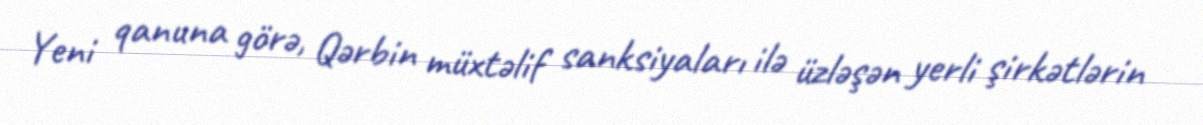
Yeni qanuna görə, Qərbin müxtəlif sanksiyaları ilə üzləşən yerli şirkətlərin